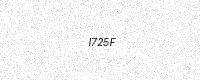
Text: I725F